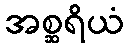
အစ္ဆရိယံ